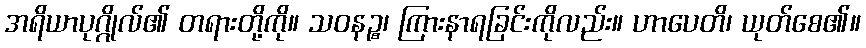
အရိယာပုဂ္ဂိုလ်၏ တရားတို့ကို။ သဝနဉ္စ၊ ကြားနာရခြင်းကိုလည်း။ ဟာပေတိ၊ ယုတ်စေ၏။